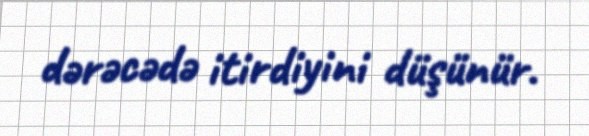
dərəcədə itirdiyini düşünür.